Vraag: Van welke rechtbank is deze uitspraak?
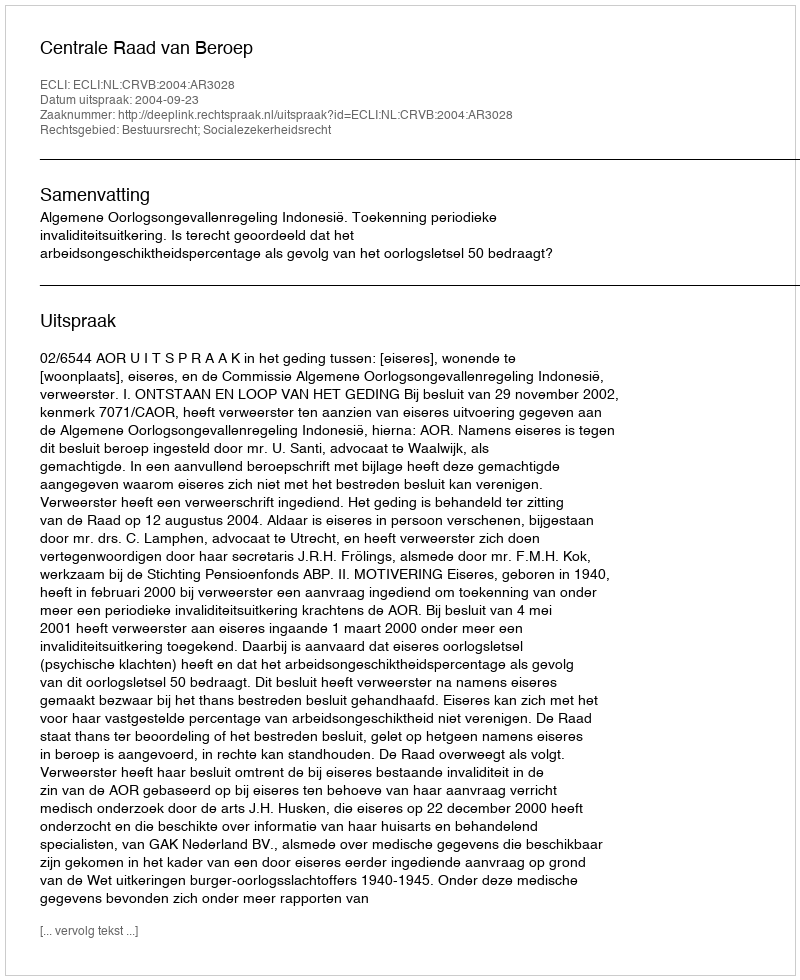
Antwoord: Centrale Raad van Beroep